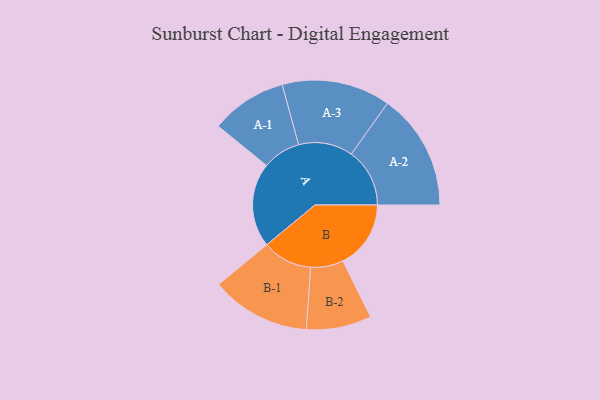
{"axis": {"x": "Segment", "y": "Value"}, "legend": ["", "A", "B"], "data": [{"x": "A", "y": 411, "type": ""}, {"x": "B", "y": 332, "type": ""}, {"x": "A-1", "y": 186, "type": "A"}, {"x": "A-2", "y": 285, "type": "A"}, {"x": "A-3", "y": 265, "type": "A"}, {"x": "B-1", "y": 243, "type": "B"}, {"x": "B-2", "y": 159, "type": "B"}]}